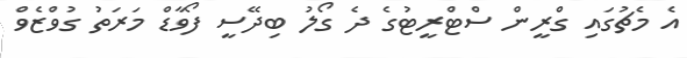
އެ މެޗުގައި ގްރީން ސްޓްރީޓުގެ ދެ ގޯލު ބިދޭސީ ފޯވާޑް މަރަތު ގުވްޒެވް